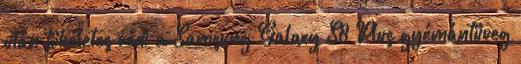
után tökéletes védi a Samsung Galaxy S8 Plus gyémántüveg